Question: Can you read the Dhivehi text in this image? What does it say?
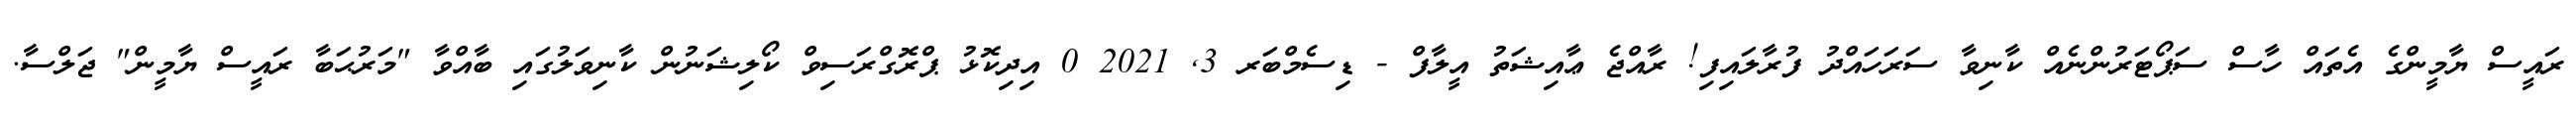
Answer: ރައީސް ޔާމީންގެ އެތައް ހާސް ސަޕޯޓަރުންނެއް ކާނިވާ ސަރަހައްދު ފުރާލައިފި! ރާއްޖެ ޢާއިޝަތު އީލާފް - ޑިސެމްބަރ 3, 2021 0 އިދިކޮޅު ޕްރޮގްރަސިވް ކޯލިޝަނުން ކާނިވަލުގައި ބާއްވާ "މަރުޙަބާ ރައީސް ޔާމީން" ޖަލްސާ.